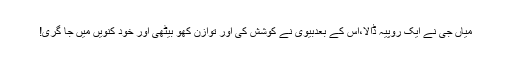
میاں جی نے ایک روپیہ ڈالا،اس کے بعدبیوی نے کوشش کی اور توازن کھو بیٹھی اور خود کنویں میں جا گری!